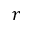
r